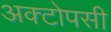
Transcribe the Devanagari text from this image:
अक्टोपसी